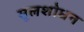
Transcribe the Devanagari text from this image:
मूलशोधन